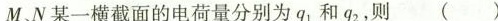
M、N某一横截面的电荷量分别为q_{1}和q_{2}，则()